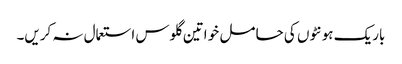
باریک ہونٹوں کی حا مل خو اتین گلوس استعمال نہ کریں۔